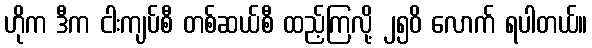
ဟိုက ဒီက ငါးကျပ်စီ တစ်ဆယ်စီ ထည့်ကြလို့ ၂၅၀ိ လောက် ရပါတယ်။